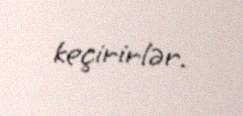
keçirirlər.